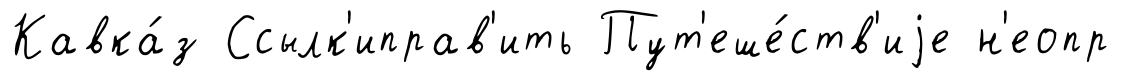
Кавка́з Ссылк'иправ'ить Пут'еше́ств'иjе н'еопр